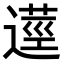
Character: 𨖑